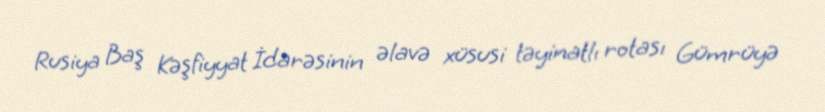
Rusiya Baş Kəşfiyyat İdarəsinin əlavə xüsusi təyinatlı rotası Gümrüyə